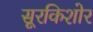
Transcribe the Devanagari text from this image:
सूरकिशोर